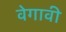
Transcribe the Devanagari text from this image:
वेगावी